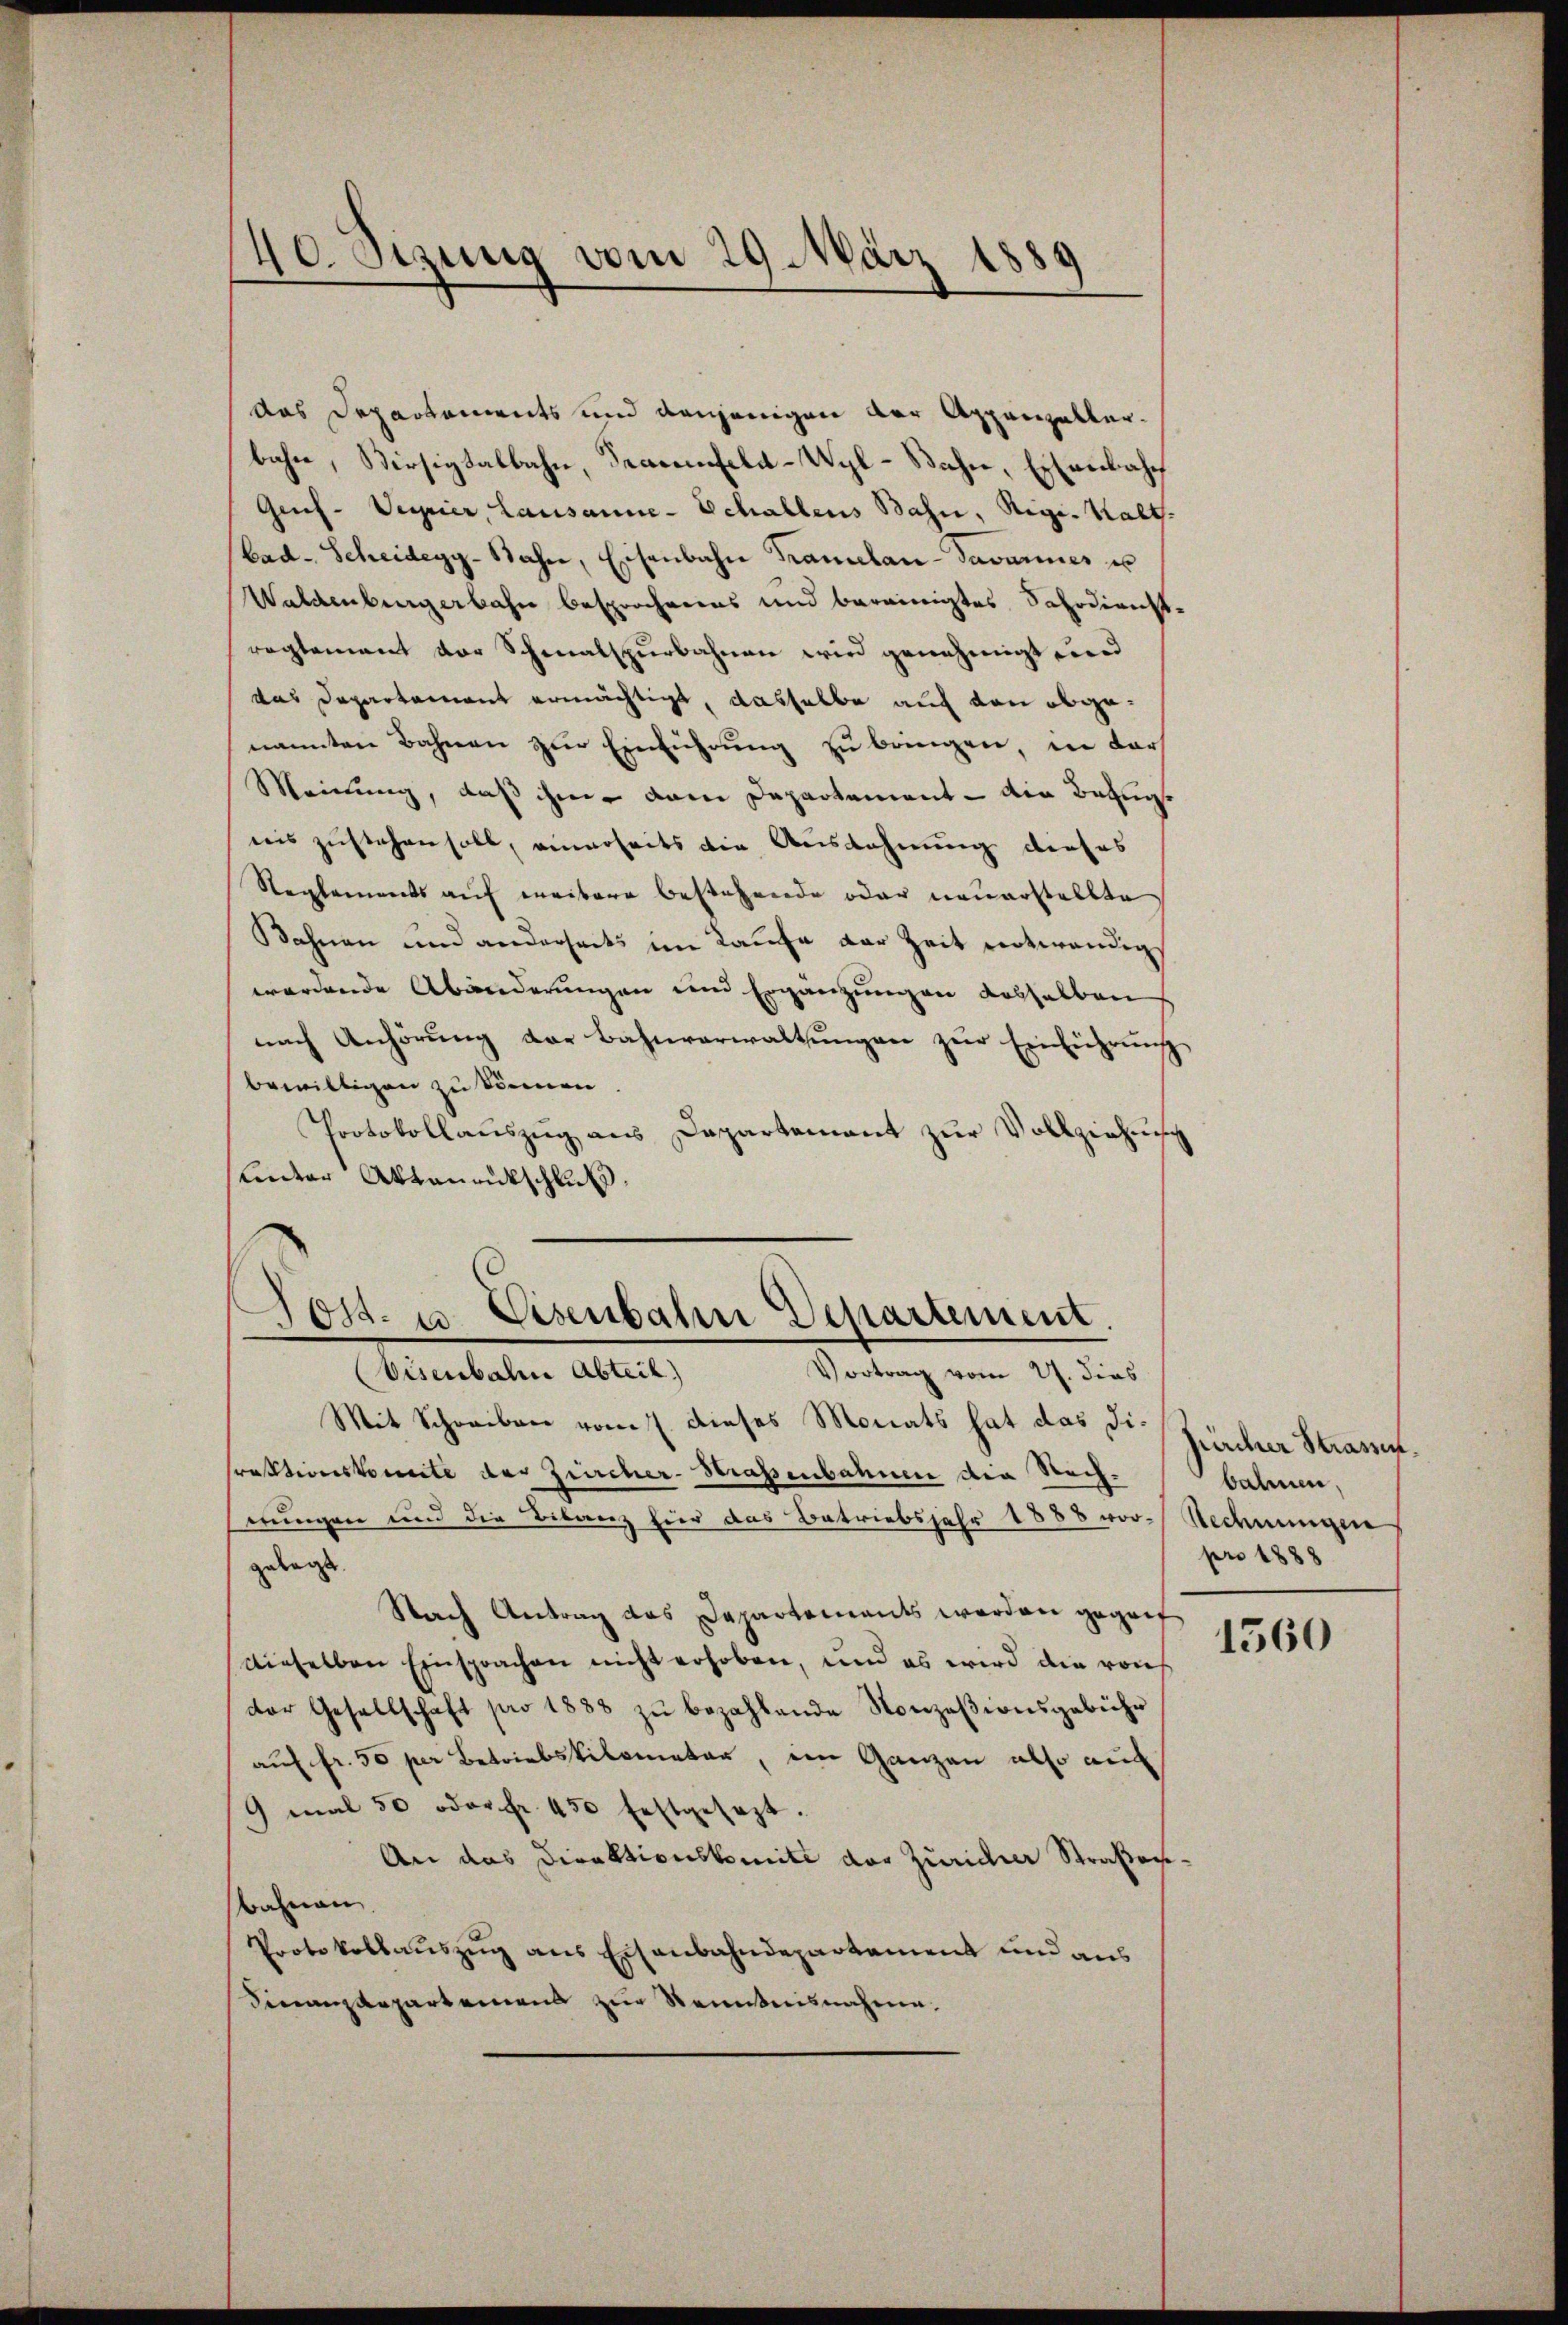
40. Sizung vom 29. März 188
.
¬

das Departements und denjenigen der Appenzellerbahre, Versitalbahn, Decrenfeld-Wyl-Bahn, Eisenbahnf
Geif- Verrier, Lausanne-Schallens Bahn, Regen Halt.
bad. Scheidegg-Bahn, Eisenbahn Tramelan-Savariner es
Waldenburgerbahn besprochenes und bereinigtes Sahrdienst
reglement vor Schmalspurbahnen wird genehmigt werd
das Departement ermächtigt, dasselbe auf den abgenannten Bahnen zur Einführung zu bringen, in dars
Meinung, daß ihm dem Departement - die Bezugnis zustehen soll, einerseits die Ausdehnung dieses
Reglements auf weitere bestehende oder neuerstellte
Bahnen und anderseits im Laufe der Zeit notwendig
wordende Abänderungen und Ergänzungen desselben
nach Anhörung der Bahnverwaltungen zur Einführung
bewilligen zu können.
Protokollaŭszŭg ans Departement zŭr Vollziehung
leter Athanentschluß.
Jott. u. Eisenbahn Departement.
Vortrag vom 27. dies
Visenbahne Abteil)
Mit Schreiben vom 7. dieses Monats hat das Di¬
Praktionskomite der Zürcher-Strassenbahnen die Nachrrungen und die Bilanz hier das Betriebsjahr 1888 vor-Rechnungen
gelegt.
Nach Antrag das Departements werden gegenf
dieselben Einsprachen nicht erhoben, und es wird die raus
der Gesellschaft pro 1888 zŭ bezahlende Konzesionsgebühr
auf fr. 50 per Betriebskilometer, im Ganzen also auch
9 mal 50 oder Fr. 450 festgesezt.
An das Direktionskomite der Züricher Straßen
bahnen.
Protokollauszug aus Eisenbahndepartament und aus
dinanzdepartemens zur Senntnisnahme,

pircher Strassen.
bahnen,
pro 1888

1560